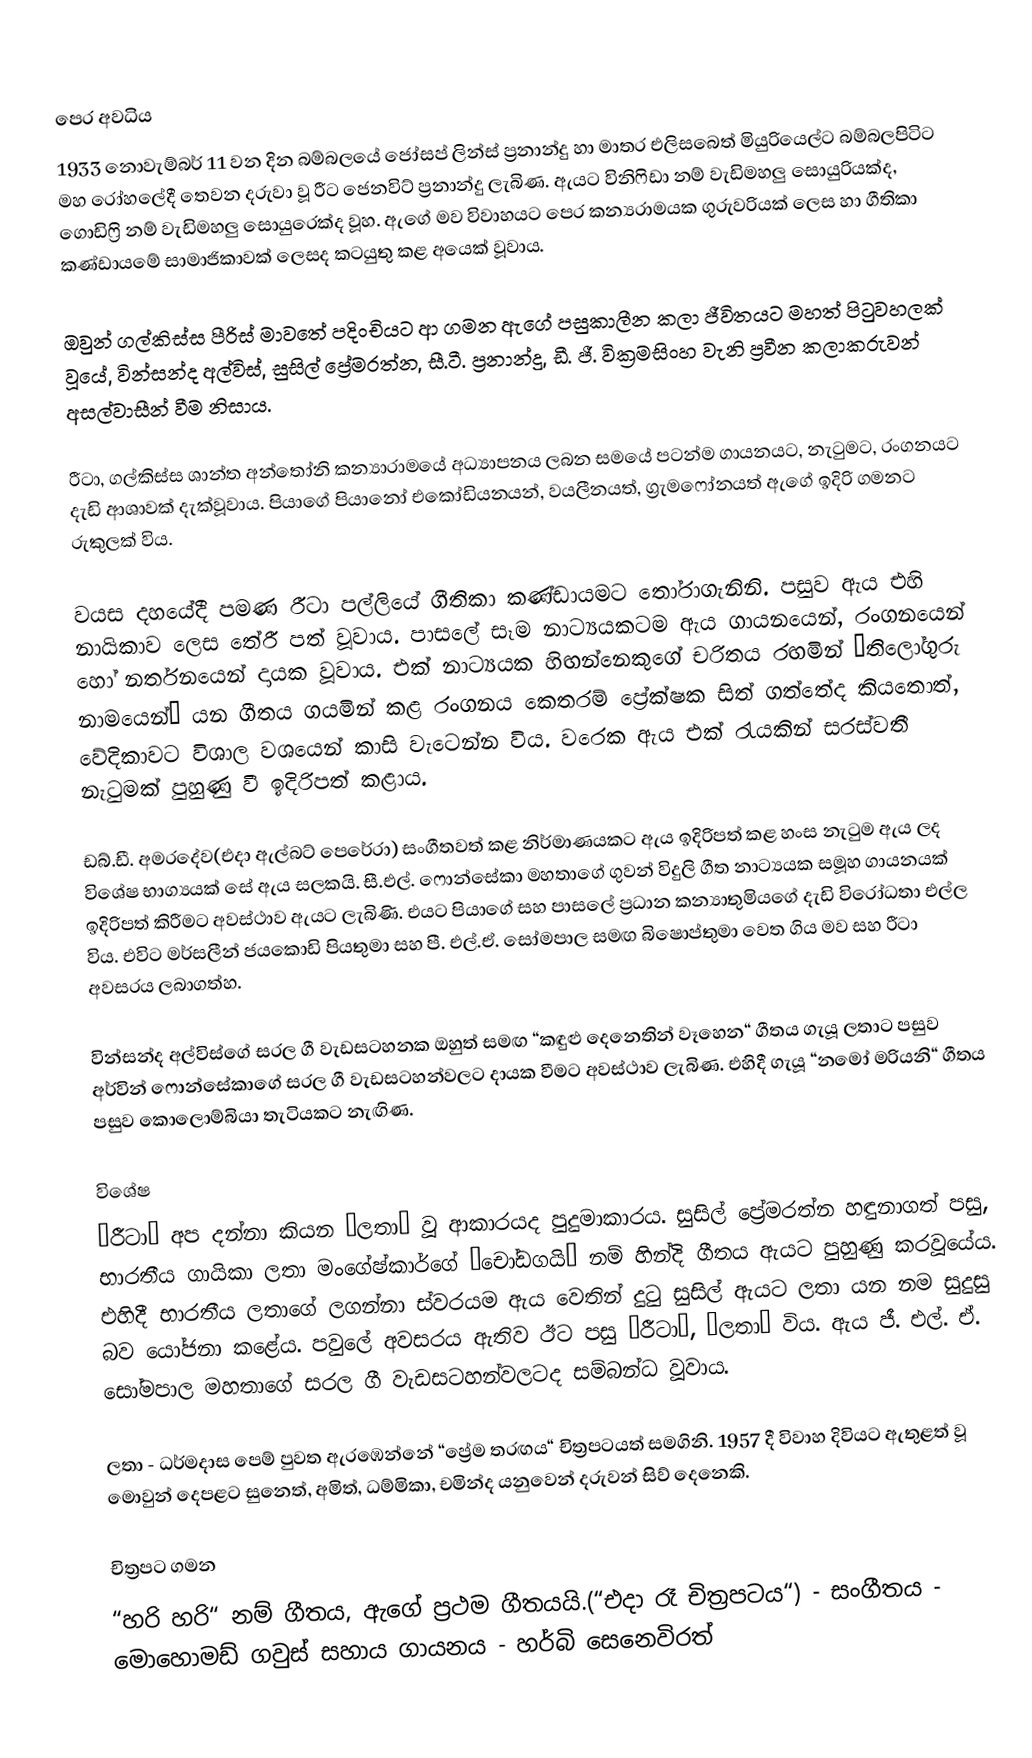

පෙර අවධිය
1933 නොවැම්බර් 11 වන දින බම්බලයේ ජෝසප් ලින්ස් ප්‍රනාන්දු හා මාතර එලිසබෙත් මියුරියෙල්ට බම්බලපිටිට මහ රෝහලේදී තෙවන දරුවා වූ රීට ජෙනවිට් ප්‍රනාන්දු ලැබිණ. ඇයට විනිෆිඩා නම් වැඩිමහලු සොයුරියක්ද, ගොඩිෆ්‍රි නම් වැඩිමහලු සොයුරෙක්ද වූහ. ඇගේ මව විවාහයට පෙර කන්‍යරාමයක ගුරුවරියක් ලෙස හා ගීතිකා කණ්ඩායමේ සාමාජිකාවක් ලෙසද කටයුතු කළ අයෙක් වූවාය.

ඔවුන් ගල්කිස්ස පීරිස් මාවතේ පදිංචියට ආ ගමන ඇගේ පසුකාලීන  කලා ජීවිතයට මහත් පිටුවහලක් වූයේ, වින්සන්ද අල්විස්, සුසිල් ප්‍රේමරත්න, සී.ටී. ප්‍රනාන්දු, ඩී. ජී. වික්‍රමසිංහ වැනි ප්‍රවීන කලාකරුවන් අසල්වාසීන් වීම නිසාය.

රීටා, ගල්කිස්ස ශාන්ත අන්තෝනි කන්‍යාරාමයේ අධ්‍යාපනය ලබන සමයේ පටන්ම ගායනයට, නැටුමට, රංගනයට දැඩි ආශාවක් දැක්වූවාය. පියාගේ පියානෝ එකෝඩියනයන්, වයලීනයත්, ග්‍රැමෆෝනයත් ඇගේ ඉදිරි ගමනට රුකුලක් විය.

වයස දහයේදී පමණ රීටා පල්ලියේ ගීතිකා කණ්ඩායමට තෝරාගැනිනි. පසුව ඇය එහි නායිකාව ලෙස තේරී පත් වූවාය. පාසලේ සෑම නාට්‍යයකටම ඇය ගායනයෙන්, රංගනයෙන් හෝ නර්තනයෙන් දායක වූවාය. එක් නාට්‍යයක හිඟන්නෙකුගේ චරිතය රඟමින් “තිලෝගුරු නාමයෙන්“ යන ගීතය ගයමින් කළ රංගනය කෙතරම් ප්‍රේක්ෂක සිත් ගත්තේද කියතොත්, වේදිකාවට විශාල වශයෙන් කාසි වැටෙන්න විය. වරෙක ඇය එක් රැයකින් සරස්වතී නැටුමක් පුහුණු වී ඉදිරිපත් කළාය.

ඩබ්.ඩී. අමරදේව(එදා ඇල්බට් පෙරේරා) සංගීතවත් කළ නිර්මාණයකට ඇය ඉදිරිපත් කළ හංස නැටුම ඇය ලද විශේෂ භාග්‍යයක් සේ ඇය සලකයි. සී.එල්. ෆොන්සේකා මහතාගේ ගුවන් විදුලි ගීත නාට්‍යයක සමූහ ගායනයක් ඉදිරිපත් කිරීමට අවස්ථාව ඇයට ලැබිණි. එයට පියාගේ සහ පාසලේ ප්‍රධාන කන්‍යාතුමියගේ දැඩි විරෝධතා එල්ල විය. එවිට මර්සලීන් ජයකොඩි පියතුමා සහ පී. එල්.ඒ. සෝමපාල සමඟ බිෂොප්තුමා වෙත ගිය මව සහ රීටා අවසරය ලබාගත්හ.

වින්සන්ද අල්විස්ගේ සරල ගී වැඩසටහනක ඔහුත් සමඟ “කඳුළු දෙනෙතින් වෑහෙන“ ගීතය ගැයූ ලතාට පසුව අර්වින් ෆොන්සේකාගේ සරල ගී වැඩසටහන්වලට දායක වීමට අවස්ථාව ලැබිණ. එහිදී ගැයූ “නමෝ මරියනි“ ගීතය පසුව කොලොම්බියා තැටියකට නැඟිණ.

විශේෂ
“රීටා“ අප දන්නා කියන “ලතා“ වූ ආකාරයද පුදුමාකාරය. සුසිල් ප්‍රේමරත්න හඳුනාගත් පසු, භාරතීය ගායිකා ලතා මංගේෂ්කාර්ගේ “චෝඩගයි“ නම් හින්දි ගීතය ඇයට පුහුණු කරවූයේය. එහිදී භාරතීය ලතාගේ ලගන්නා ස්වරයම ඇය වෙතින් දුටු සුසිල් ඇයට ලතා යන නම සුදුසු බව යෝජනා කළේය. පවුලේ  අවසරය ඇතිව ඊට පසු “රීටා“, “ලතා“ විය. ඇය ජී. එල්. ඒ. සෝමපාල මහතාගේ සරල ගී වැඩසටහන්වලටද සම්බන්ධ වූවාය.

ලතා - ධර්මදාස පෙම් පුවත ඇරඹෙන්නේ “ප්‍රේම තරඟය“ චිත්‍රපටයත් සමගිනි. 1957 දී විවාහ දිවියට ඇතුළත් වූ මොවුන් දෙපළට සුනෙත්, අමිත්, ධම්මිකා, චමින්ද යනුවෙන් දරුවන් සිව් දෙනෙකි.

චිත්‍රපට ගමන
“හරි හරි“ නම් ගීතය, ඇගේ ප්‍රථම ගීතයයි.(“එදා රෑ චිත්‍රපටය“) - සංගීතය - මොහොමඩ් ගවුස්                 සහාය ගායනය - හර්බි සෙනෙවිරත්